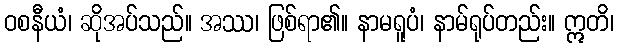
ဝစနီယံ၊ ဆိုအပ်သည်။ အဿ၊ ဖြစ်ရာ၏။ နာမရူပံ၊ နာမ်ရုပ်တည်း။ ဣတိ၊